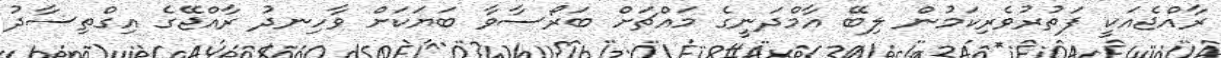
ރާއްޖެއަކީ ފަތުރުވެރިކަމުން ލިބޭ އާމްދަނީގެ މައްޗަށް ބަރޯސާވާ ބަޔަކަށް ވާހިނދު ރާއްޖޭގެ އިގްތިސާދު